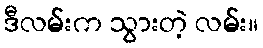
ဒီလမ်းက သွားတဲ့ လမ်း။